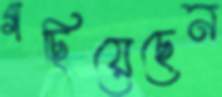
গছিয়েছেন